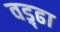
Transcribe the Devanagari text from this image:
वड्र्ढा